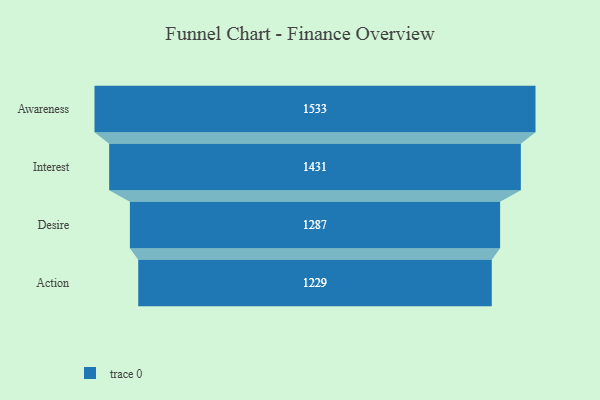
{"axis": {"x": "Stage", "y": "Value"}, "legend": [""], "data": [{"x": "Awareness", "y": 1533.0, "type": ""}, {"x": "Interest", "y": 1431.0, "type": ""}, {"x": "Desire", "y": 1287.0, "type": ""}, {"x": "Action", "y": 1229.0, "type": ""}]}